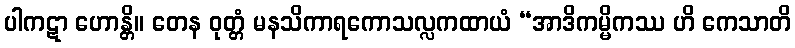
ပါကဋာ ဟောန္တိ။ တေန ဝုတ္တံ မနသိကာရကောသလ္လကထာယံ “အာဒိကမ္မိကဿ ဟိ ကေသာတိ